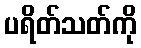
ပရိတ်သတ်ကို